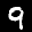
Label: 9